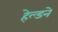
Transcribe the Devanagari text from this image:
हेल्डने